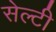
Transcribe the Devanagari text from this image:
सेल्टी